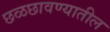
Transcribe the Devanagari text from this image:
छळछावण्यातील